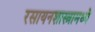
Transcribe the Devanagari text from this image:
रसायनशास्त्रामध्ये